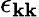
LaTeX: \epsilon_{\mathbf{k}\mathbf{k}}